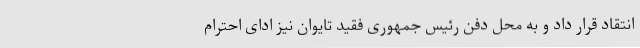
انتقاد قرار داد و به محل دفن رئیس جمهوری فقید تایوان نیز ادای احترام